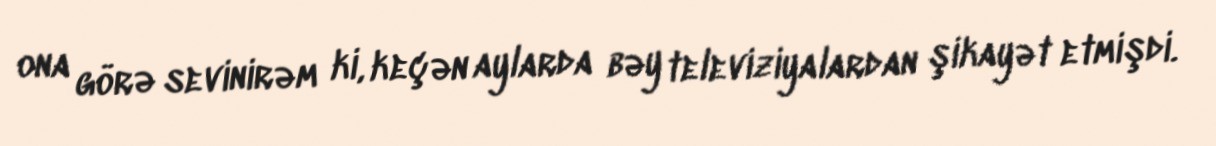
ona görə sevinirəm ki, keçən aylarda bəy televiziyalardan şikayət etmişdi.